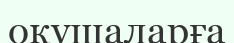
оқушаларға